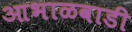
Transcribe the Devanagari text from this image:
आभाळवाडी